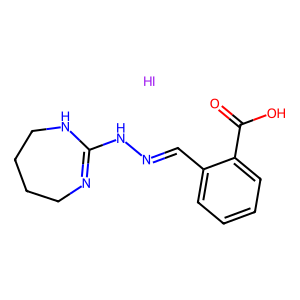
SMILES: I.O=C(O)c1ccccc1C=NNC1=NCCCCN1
Inhibits HIV replication: No